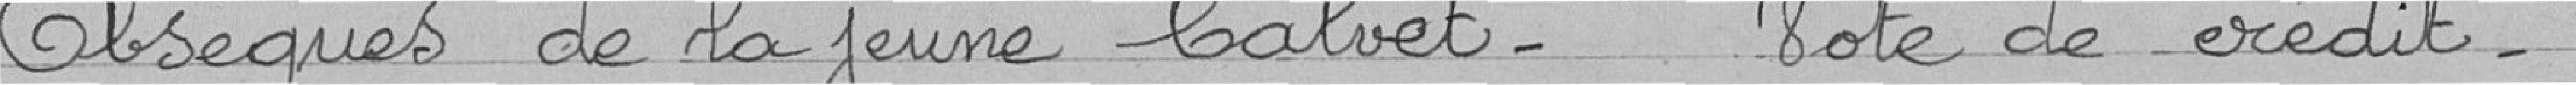
Obsèques de la jeunes Calvet - Note de crédit